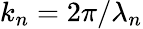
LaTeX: k_{n}=2\pi/\lambda_{n}